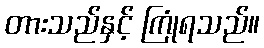
တားသည်နှင့် ကြုံရသည်။